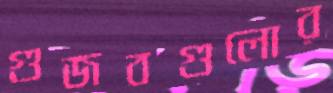
গুজবগুলোর